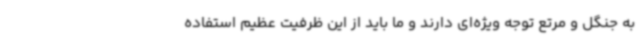
به جنگل و مرتع توجه ویژه‌ای دارند و ما باید از این ظرفیت عظیم استفاده